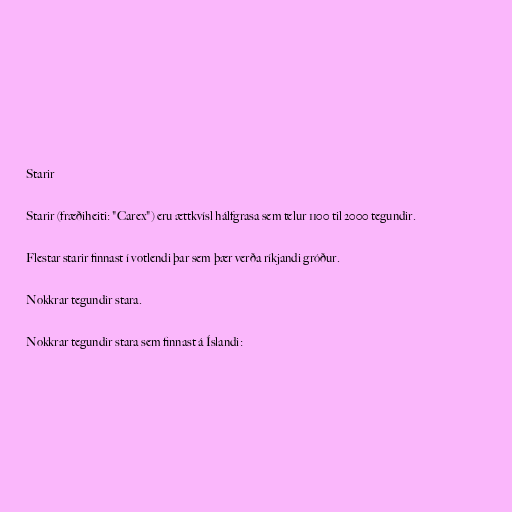
Starir

Starir (fræðiheiti: "Carex") eru ættkvísl hálfgrasa sem telur 1100 til 2000 tegundir.

Flestar starir finnast í votlendi þar sem þær verða ríkjandi gróður.

Nokkrar tegundir stara.

Nokkrar tegundir stara sem finnast á Íslandi: